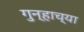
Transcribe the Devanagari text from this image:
गुन्हाच्या